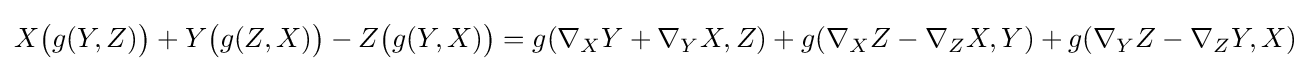
X{\bigl (}g(Y,Z){\bigr )}+Y{\bigl (}g(Z,X){\bigr )}-Z{\bigl (}g(Y,X){\bigr )}=g(\nabla _{X}Y+\nabla _{Y}X,Z)+g(\nabla _{X}Z-\nabla _{Z}X,Y)+g(\nabla _{Y}Z-\nabla _{Z}Y,X)